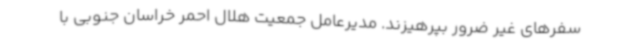
سفرهای غیر ضرور بپرهیزند. مدیرعامل جمعیت هلال احمر خراسان جنوبی با